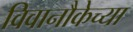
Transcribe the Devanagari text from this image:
विवानौकेच्या